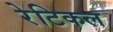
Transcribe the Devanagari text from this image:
रेटिकल